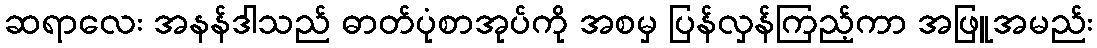
ဆရာလေး အနန်ဒါသည် ဓာတ်ပုံစာအုပ်ကို အစမှ ပြန်လှန်ကြည့်ကာ အဖြူအမည်း